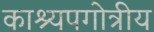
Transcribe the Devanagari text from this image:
काश्यपगोत्रीय